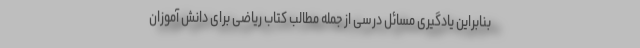
بنابراین یادگیری مسائل درسی از جمله مطالب کتاب ریاضی برای دانش آموزان